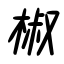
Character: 椒